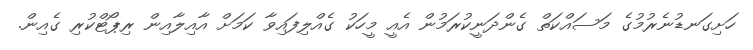
ހަށިގަނޑުނެރުމުގެ މަސައްކަތް ގެންދަނީކުރަމުން އެއީ މީހަކު ގެއްލިފައިވާ ކަމަށް އާއިލާއިން ރިޕޯޓްކުރި ގެއިން.